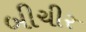
બીચીર